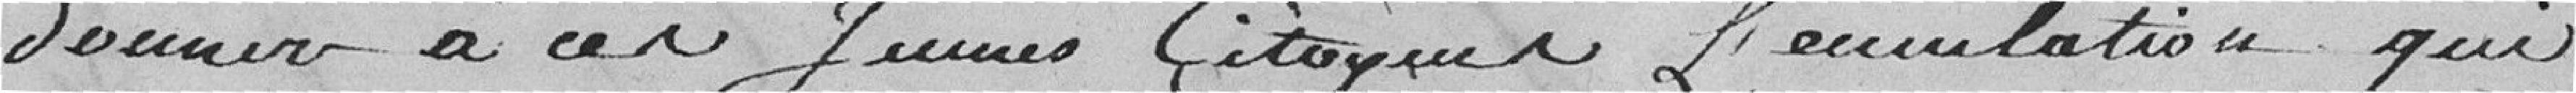
donner à ces jeunes citoyens l'émulation qui